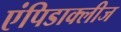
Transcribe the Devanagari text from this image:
एंपिडाक्लीज